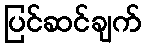
ပြင်ဆင်ချက်